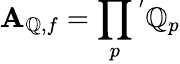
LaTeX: \mathbf{A}_{\mathbb{Q},f}=\prod_{p}{}^{'}\mathbb{Q}_{p}